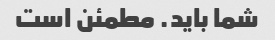
شما باید. مطمئن است